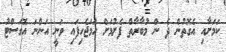
ކަމަށާއި އެގޮތުން ދެ ން މުބާރާތް ފެށުމަށް ހަމަޖެހިފައި ވަނީ އަންނަ އޮގަސްޓު